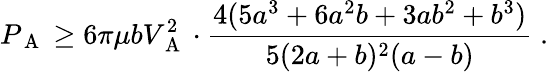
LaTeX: P_{\mathrm{~A~}}\ge 6\pi\mu bV_{\mathrm{~A~}}^{2}\cdot\frac{4(5a^{3}+6a^{2}b+3ab^{2}+b^{3})}{5(2a+b)^{2}(a-b)}\; .